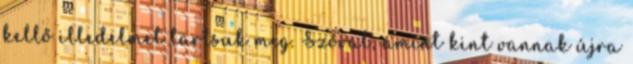
kellő illedelmet tartsuk meg. Szóval, amint kint vannak újra